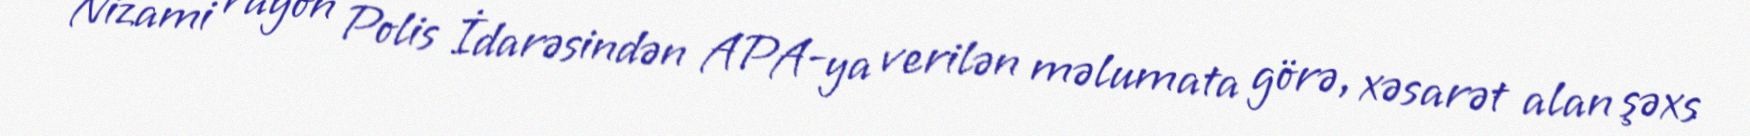
Nizami rayon Polis İdarəsindən APA-ya verilən məlumata görə, xəsarət alan şəxs